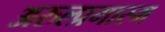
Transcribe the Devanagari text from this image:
अरुल्प्रगास्म